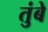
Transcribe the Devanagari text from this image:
तुंबे